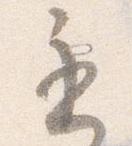
遅